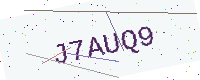
Text: J7AUQ9